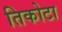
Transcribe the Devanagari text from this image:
तिकोटा